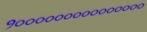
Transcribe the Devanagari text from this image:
१०००००००००००००००